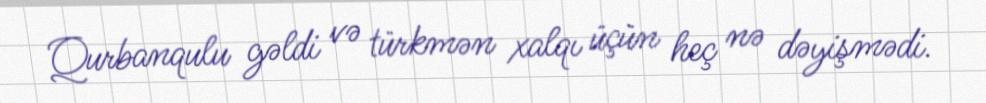
Qurbanqulu gəldi və türkmən xalqı üçün heç nə dəyişmədi.